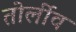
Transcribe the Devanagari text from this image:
तोर्लीव